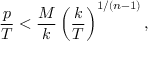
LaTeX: { \frac { p } { T } } < { \frac { M } { k } } \left( { \frac { k } { T } } \right) ^ { 1 / ( n - 1 ) } ,